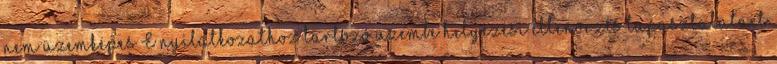
nem üzemképes E nyilatkozathoz tartozó üzembe helyezési ellenõrzés tapasztalatait